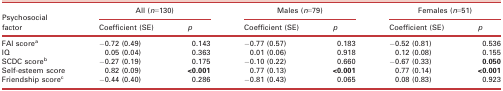
<table><thead><tr><td rowspan="2"><b>Psychosocial factor</b></td><td colspan="2"><b>All (<i>n</i>=130)</b></td><td colspan="2"><b>Males (<i>n</i>=79)</b></td><td colspan="2"><b>Females (<i>n</i>=51)</b></td></tr><tr><td><b>Coefficient (SE)</b></td><td><b><i>p</i></b></td><td><b>Coefficient (SE)</b></td><td><b><i>p</i></b></td><td><b>Coefficient (SE)</b></td><td><b><i>p</i></b></td></tr></thead><tbody><tr><td>FAI scorea</td><td>−0.72 (0.49)</td><td>0.143</td><td>−0.77 (0.57)</td><td>0.183</td><td>−0.52 (0.81)</td><td>0.536</td></tr><tr><td>IQ</td><td>0.05 (0.04)</td><td>0.363</td><td>0.01 (0.06)</td><td>0.918</td><td>0.12 (0.08)</td><td>0.155</td></tr><tr><td>SCDC scoreb</td><td>−0.27 (0.19)</td><td>0.175</td><td>−0.10 (0.22)</td><td>0.660</td><td>−0.67 (0.33)</td><td><b>0.050</b></td></tr><tr><td>Self‐esteem score</td><td>0.82 (0.09)</td><td><b>&lt;0.001</b></td><td>0.77 (0.13)</td><td><b>&lt;0.001</b></td><td>0.77 (0.14)</td><td><b>&lt;0.001</b></td></tr><tr><td>Friendship scorec</td><td>−0.44 (0.40)</td><td>0.286</td><td>−0.81 (0.43)</td><td>0.065</td><td>0.08 (0.83)</td><td>0.923</td></tr></tbody></table>